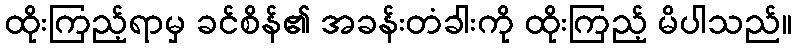
ထိုးကြည့်ရာမှ ခင်စိန်၏ အခန်းတံခါးကို ထိုးကြည့် မိပါသည်။